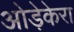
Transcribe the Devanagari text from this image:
ओड़ेकेरा